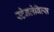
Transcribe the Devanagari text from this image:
स्टेनलेबिल्स